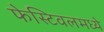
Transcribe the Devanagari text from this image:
फेस्टिवलमध्ये